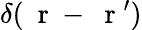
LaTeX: \delta(\mathrm{~\mathbf~r~}-\mathrm{~\mathbf~r~}^{\prime})